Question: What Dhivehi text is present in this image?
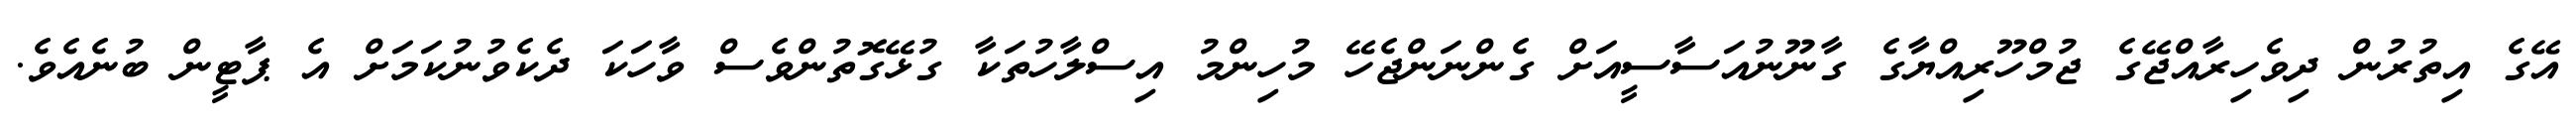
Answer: އޭގެ އިތުރުން ދިވެހިރާއްޖޭގެ ޖުމްހޫރިއްޔާގެ ގާނޫނުއަސާސީއަށް ގެންނަންޖެހޭ މުހިންމު އިސްލާހުތަކާ ގުޅޭގޮތުންވެސް ވާހަކަ ދެކެވުނުކަމަށް އެ ޕާޓީން ބުނެއެވެ.